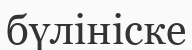
бүлініске